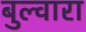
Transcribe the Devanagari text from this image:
बुल्वारा